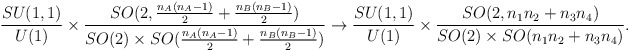
\begin{align*}\frac{SU(1,1)}{U(1)}\times\frac{SO(2,\frac{n_A(n_A-1)}{2}+\frac{n_B(n_B-1)}{2} )}{SO(2)\times SO(\frac{n_A(n_A-1)}{2}+\frac{n_B(n_B-1)}{2}) } \to\frac{SU(1,1)}{U(1)}\times \frac{SO(2,n_1 n_2 + n_3 n_4)}{SO(2)\times SO(n_1 n_2 + n_3 n_4) }.\end{align*}